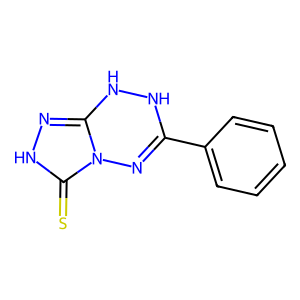
SMILES: S=c1[nH]nc2n1N=C(c1ccccc1)NN2
Inhibits HIV replication: No